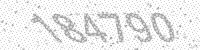
Solution: 184790